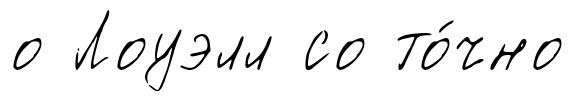
о Лоуэлл со то́чно